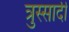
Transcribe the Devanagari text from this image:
त्रुस्सार्दी